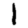
Digit: 1